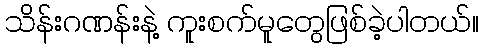
သိန်းဂဏန်းနဲ့ ကူးစက်မူတွေဖြစ်ခဲ့ပါတယ်။